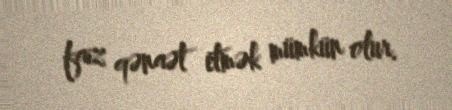
faiz qənaət etmək mümkün olur.